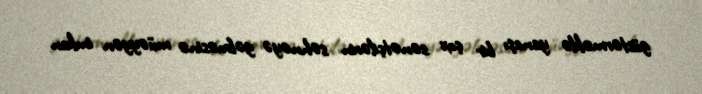
göstərməklə yanaşı bir çox sənətçilərin səhnəyə gəlməsinə müəyyən imkan